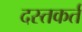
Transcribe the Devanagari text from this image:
दस्तकर्त